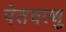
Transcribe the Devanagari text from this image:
पेतवत्थु